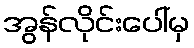
အွန်လိုင်းပေါ်မှ